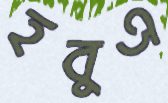
হবুএ